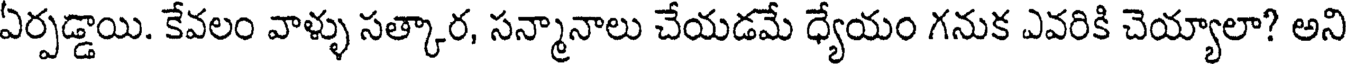
ఏర్పడ్డాయి. కేవలం వాళ్ళు సత్కార, సన్మానాలు చేయడమే ధ్యేయం గనుక ఎవరికి చెయ్యాలా? అని